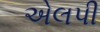
એલપી